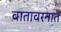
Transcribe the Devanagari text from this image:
वातावरनात